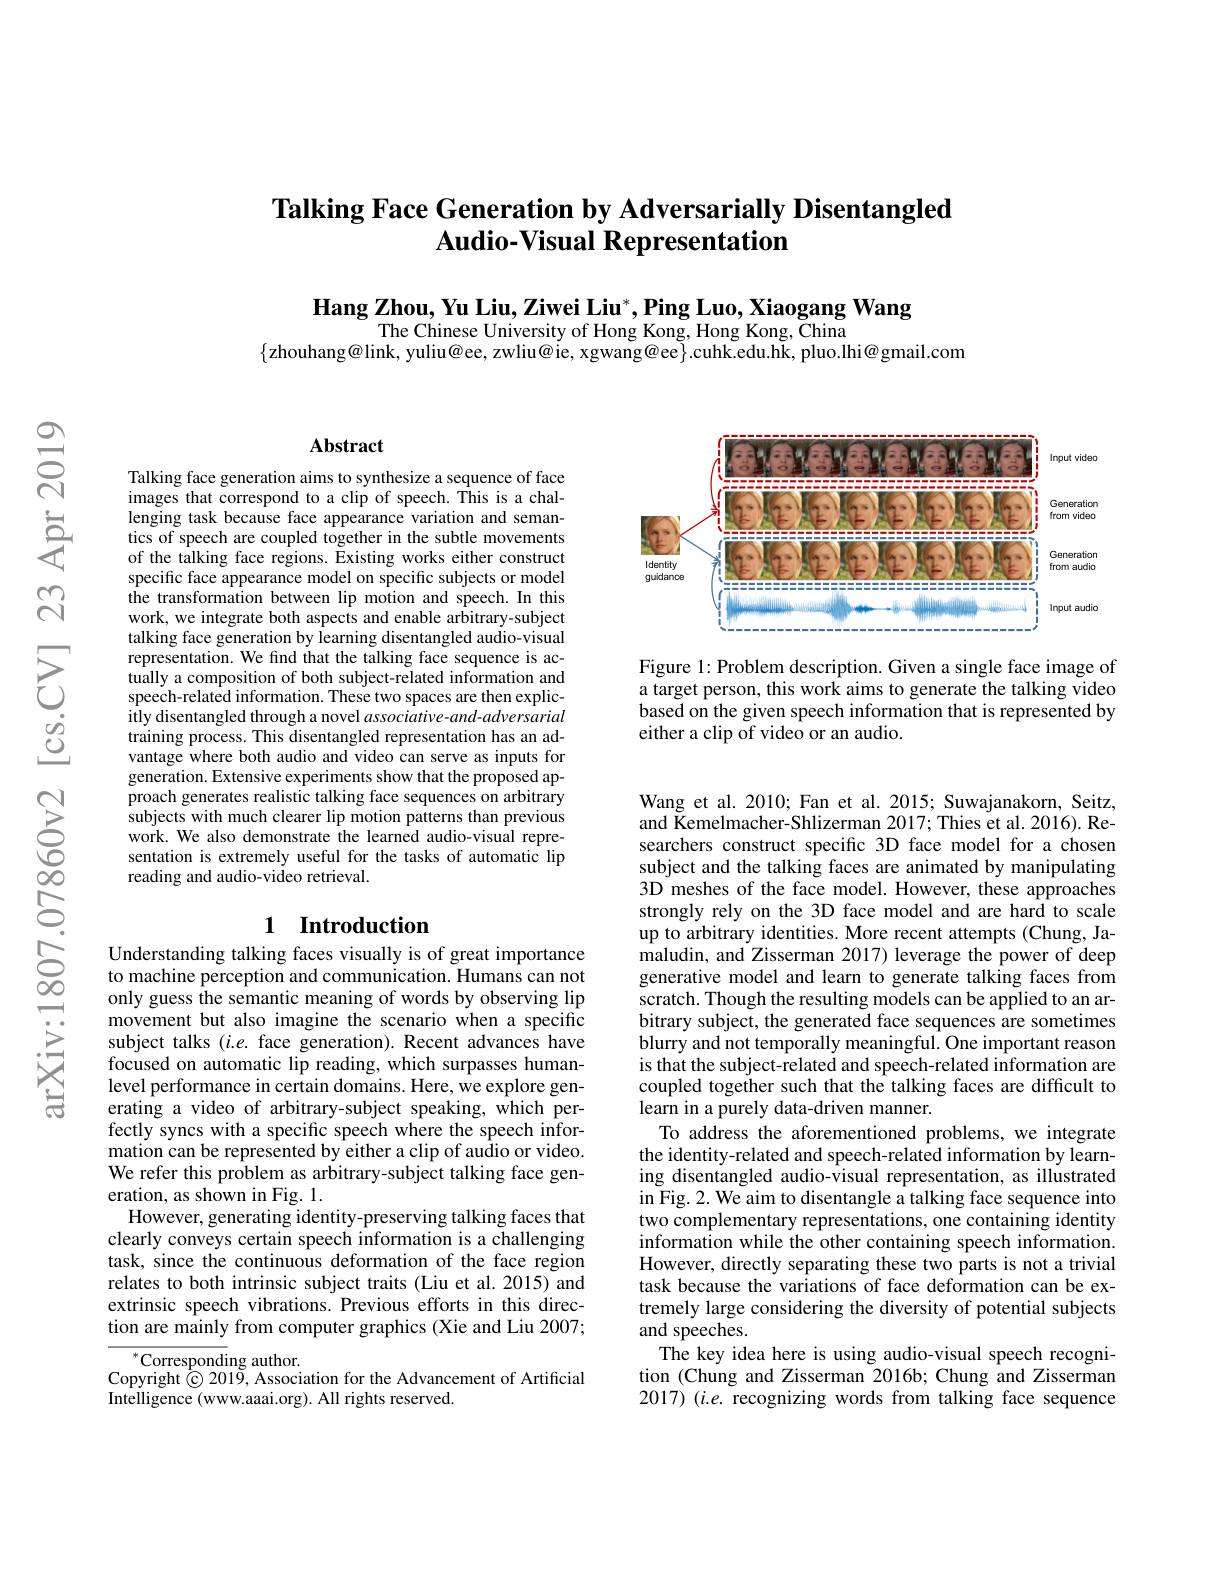
# Talking Face Generation by Adversarially Disentangled Audio-Visual Representation

Hang Zhou, Yu Liu, Ziwei Liu*, Ping Luo, Xiaogang Wang
The Chinese University of Hong Kong, Hong Kong, China
$\{$zhouhang@link, yuliu@ee, zwliu@ie, xgwang@ee$\}.$cuhk.edu.hk, pluo.lhi@gmail.com

### Abstract

Talking face generation aims to synthesize a sequence of face images that correspond to a clip of speech. This is a challenging task because face appearance variation and semantics of speech are coupled together in the subtle movements of the talking face regions. Existing works either construct specific face appearance model on specific subjects or model the transformation between lip motion and speech. In this work, we integrate both aspects and enable arbitrary-subject talking face generation by learning disentangled audio-visual representation. We find that the talking face sequence is actually a composition of both subject-related information and speech-related information. These two spaces are then explicitly disentangled through a novel associative-and-adversarial training process. This disentangled representation has an advantage where both audio and video can serve as inputs for generation. Extensive experiments show that the proposed approach generates realistic talking face sequences on arbitrary subjects with much clearer lip motion patterns than previous work. We also demonstrate the learned audio-visual representation is extremely useful for the tasks of automatic lip reading and audio-video retrieval.

# 1 Introduction

Understanding talking faces visually is of great importance to machine perception and communication. Humans can not only guess the semantic meaning of words by observing lip movement but also imagine the scenario when a specific subject talks $(i.e.$ face generation). Recent advances have focused on automatic lip reading, which surpasses humanlevel performance in certain domains. Here, $\hat{\text{we explore gen-}}$ erating a video of arbitrary-subject speaking, which perfectly syncs with a specific speech where the speech information can be represented by either a clip of audio or video. We refer this problem as arbitrary-subject talking face generation, as shown in Fig. 1.
However, generating identity-preserving talking faces that clearly conveys certain speech information is a challenging task, since the continuous deformation of the face region relates to both intrinsic subject traits (Liu et al.2015) and extrinsic speech vibrations. Previous efforts in this direction are mainly from computer graphics (Xie and Liu 2007;

$^{*}$Corresponding author.
Copyright © 2019, Association for the Advancement of Artificial
Intelligence (www.aaai.org). All rights reserved.

<FigureHere>

Figure 1: Problem description. Given a single face image of a target person, this work aims to generate the talking video based on the given speech information that is represented by either a clip of video or an audio.

Wang et al. 2010; Fan et al. 2015; Suwajanakorn, Seitz, and Kemelmacher-Shlizerman 2017; Thies et al. 2016). Researchers construct specific 3D face model for a chosen subject and the talking faces are animated by manipulating 3D meshes of the face model. However, these approaches strongly rely on the 3D face model and are hard to scale up to arbitrary identities. More recent attempts (Chung, Jamaludin, and Zisserman 2017) leverage the power of deep generative model and learn to generate talking faces from scratch. Though the resulting models can be applied to an arbitrary subject, the generated face sequences are sometimes blurry and not temporally meaningful. One important reason is that the subject-related and speech-related information are coupled together such that the talking faces are difficult to learn in a purely data-driven manner.
To address the aforementioned problems, we integrate the identity-related and speech-related information by learning disentangled audio-visual representation, as illustrated in Fig. 2. We aim to disentangle a talking face sequence into two complementary representations, one containing identity information while the other containing speech information. However, directly separating these two parts is not a trivial task because the variations of face deformation can be extremely large considering the diversity of potential subjects and speeches.
The key idea here is using audio-visual speech recognition (Chung and Zisserman 2016b; Chung and Zisserman $2017)(i.e.$ recognizing words from talking face sequence